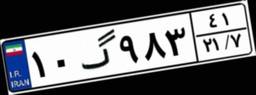
۱۰گ۹۸۳۴۱